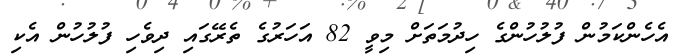
އެހެންކަމުން ފުލުހުންގެ ހިދުމަތަށް މިވީ 82 އަހަރުގެ ތެރޭގައި ދިވެހި ފުލުހުން އެކި